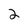
Character: 2